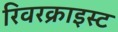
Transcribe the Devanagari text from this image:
रिवरक्राइस्ट